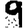
Digit: 9